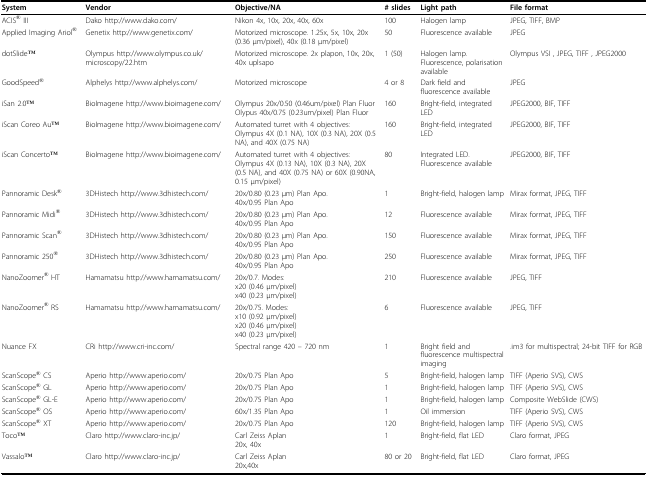
<table><thead><tr><td><b>System</b></td><td><b>Vendor</b></td><td><b>Objective/NA</b></td><td><b># slides</b></td><td><b>Light path</b></td><td><b>File format</b></td></tr></thead><tbody><tr><td>ACIS® III</td><td>Dako http://www.dako.com/</td><td>Nikon 4x, 10x, 20x, 40x, 60x</td><td>100</td><td>Halogen lamp</td><td>JPEG, TIFF, BMP</td></tr><tr><td>Applied Imaging Ariol®</td><td>Genetix http://www.genetix.com/</td><td>Motorized microscope. 1.25x, 5x, 10x, 20x (0.36 μm/pixel), 40x (0.18 μm/pixel)</td><td>50</td><td>Fluorescence available</td><td>JPEG</td></tr><tr><td>dotSlideTM</td><td>Olympus http://www.olympus.co.uk/microscopy/22.htm</td><td>Motorized microscope. 2x plapon, 10x, 20x, 40x uplsapo</td><td>1 (50)</td><td>Halogen lamp. Fluorescence, polarisation available</td><td>Olympus VSI , JPEG, TIFF , JPEG2000</td></tr><tr><td>GoodSpeed®</td><td>Alphelys http://www.alphelys.com/</td><td>Motorized microscope</td><td>4 or 8</td><td>Dark field and fluorescence available</td><td>JPEG</td></tr><tr><td>iSan 2.0TM</td><td>BioImagene http://www.bioimagene.com/</td><td>Olympus 20x/0.50 (0.46um/pixel) Plan FluorOlypus 40x/0.75 (0.23um/pixel) Plan Fluor</td><td>160</td><td>Bright-field, integrated LED</td><td>JPEG2000, BIF, TIFF</td></tr><tr><td>iScan Coreo AuTM</td><td>BioImagene http://www.bioimagene.com/</td><td>Automated turret with 4 objectives: Olympus 4X (0.1 NA), 10X (0.3 NA), 20X (0.5 NA), and 40X (0.75 NA)</td><td>160</td><td>Bright-field, integrated LED</td><td>JPEG2000, BIF, TIFF</td></tr><tr><td>iScan ConcertoTM</td><td>BioImagene http://www.bioimagene.com/</td><td>Automated turret with 4 objectives: Olympus 4X (0.13 NA), 10X (0.3 NA), 20X (0.5 NA), and 40X (0.75 NA) or 60X (0.90NA, 0.15 μm/pixel)</td><td>80</td><td>Integrated LED. Fluorescence available</td><td>JPEG2000, BIF, TIFF</td></tr><tr><td>Pannoramic Desk®</td><td>3DHistech http://www.3dhistech.com/</td><td>20x/0.80 (0.23 μm) Plan Apo.40x/0.95 Plan Apo</td><td>1</td><td>Bright-field, halogen lamp</td><td>Mirax format, JPEG, TIFF</td></tr><tr><td>Pannoramic Midi®</td><td>3DHistech http://www.3dhistech.com/</td><td>20x/0.80 (0.23 μm) Plan Apo.40x/0.95 Plan Apo</td><td>12</td><td>Fluorescence available</td><td>Mirax format, JPEG, TIFF</td></tr><tr><td>Pannoramic Scan®</td><td>3DHistech http://www.3dhistech.com/</td><td>20x/0.80 (0.23 μm) Plan Apo.40x/0.95 Plan Apo</td><td>150</td><td>Fluorescence available</td><td>Mirax format, JPEG, TIFF</td></tr><tr><td>Pannoramic 250®</td><td>3DHistech http://www.3dhistech.com/</td><td>20x/0.80 (0.23 μm) Plan Apo.40x/0.95 Plan Apo</td><td>250</td><td>Fluorescence available</td><td>Mirax format, JPEG, TIFF</td></tr><tr><td>NanoZoomer® HT</td><td>Hamamatsu http://www.hamamatsu.com/</td><td>20x/0.7. Modes:x20 (0.46 μm/pixel)x40 (0.23 μm/pixel)</td><td>210</td><td>Fluorescence available</td><td>JPEG, TIFF</td></tr><tr><td>NanoZoomer® RS</td><td>Hamamatsu http://www.hamamatsu.com/</td><td>20x/0.75. Modes:x10 (0.92 μm/pixel)x20 (0.46 μm/pixel)x40 (0.23 μm/pixel)</td><td>6</td><td>Fluorescence available</td><td>JPEG, TIFF</td></tr><tr><td>Nuance FX</td><td>CRi http://www.cri-inc.com/</td><td>Spectral range 420 – 720 nm</td><td>1</td><td>Bright field and fluorescence multispectral imaging</td><td>.im3 for multispectral; 24-bit TIFF for RGB</td></tr><tr><td>ScanScope® CS</td><td>Aperio http://www.aperio.com/</td><td>20x/0.75 Plan Apo</td><td>5</td><td>Bright-field, halogen lamp</td><td>TIFF (Aperio SVS), CWS</td></tr><tr><td>ScanScope® GL</td><td>Aperio http://www.aperio.com/</td><td>20x/0.75 Plan Apo</td><td>1</td><td>Bright-field, halogen lamp</td><td>TIFF (Aperio SVS), CWS</td></tr><tr><td>ScanScope® GL-E</td><td>Aperio http://www.aperio.com/</td><td>20x/0.75 Plan Apo</td><td>1</td><td>Bright-field, halogen lamp</td><td>Composite WebSlide (CWS)</td></tr><tr><td>ScanScope® OS</td><td>Aperio http://www.aperio.com/</td><td>60x/1.35 Plan Apo</td><td>1</td><td>Oil immersion</td><td>TIFF (Aperio SVS), CWS</td></tr><tr><td>ScanScope® XT</td><td>Aperio http://www.aperio.com/</td><td>20x/0.75 Plan Apo</td><td>120</td><td>Bright-field, halogen lamp</td><td>TIFF (Aperio SVS), CWS</td></tr><tr><td>TocoTM</td><td>Claro http://www.claro-inc.jp/</td><td>Carl Zeiss Aplan20x, 40x</td><td>1</td><td>Bright-field, flat LED</td><td>Claro format, JPEG</td></tr><tr><td>VassaloTM</td><td>Claro http://www.claro-inc.jp/</td><td>Carl Zeiss Aplan20x,40x</td><td>80 or 20</td><td>Bright-field, flat LED</td><td>Claro format, JPEG</td></tr></tbody></table>